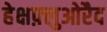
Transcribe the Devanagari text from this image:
हेक्षफ़्लुओरैद